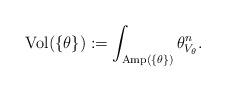
LaTeX: \begin{align*}{\rm Vol}(\{\theta\}):= \int_{{\rm Amp}(\{\theta\})} \theta_{V_\theta}^n.\end{align*}